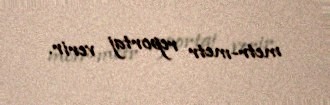
metr-metr reportaj verir.